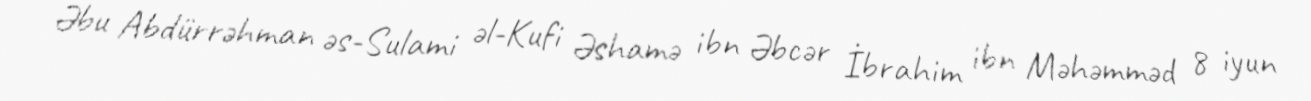
Əbu Abdürrəhman əs-Sulami əl-Kufi Əshamə ibn Əbcər İbrahim ibn Məhəmməd 8 iyun